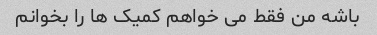
باشه من فقط می خواهم کمیک ها را بخوانم